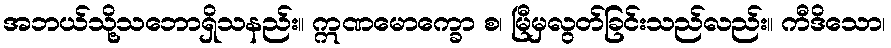
အဘယ်သို့သဘောရှိသနည်း။ ဣဏမောက္ခော စ၊ မြီမှလွတ်ခြင်းသည်လည်း။ ကီဒိသော၊